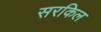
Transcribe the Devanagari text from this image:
सरकिल